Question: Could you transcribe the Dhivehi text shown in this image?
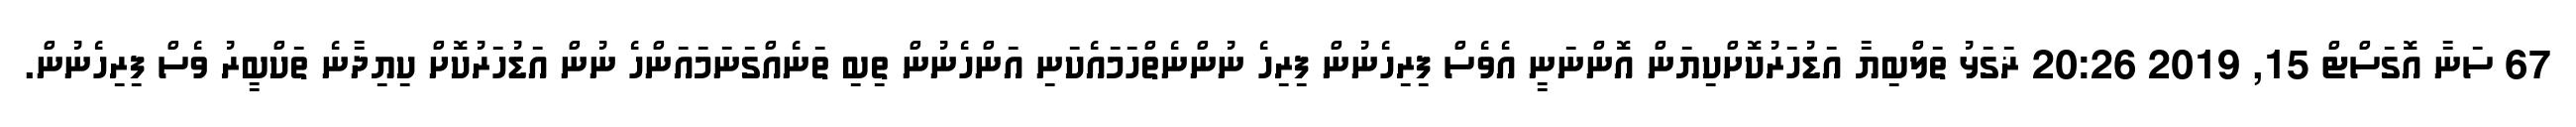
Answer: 67 ސަނާ އޮގަސްޓް 15, 2019 20:26 ޜަގަޅު ތަލްބިޔާ އަޑުހަރުކޮށްކިޔަން އޮންނަނީ އެވެސް ފިރިހެނުން ފިރިހެ ނުންނެތްހަމައެކަނި އަންހެނުން ތިބި ތަނެއްގަނަމައަންހެ ނުން އަޑުހަރުކޮށް ކިޔިދާނެ ތަކްބީރު ވެސް ފިރިހެނުން.